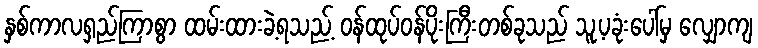
နှစ်ကာလရှည်ကြာစွာ ထမ်းထားခဲ့ရသည့် ဝန်ထုပ်ဝန်ပိုးကြီးတစ်ခုသည် သူ့ပခုံးပေါ်မှ လျှောကျ